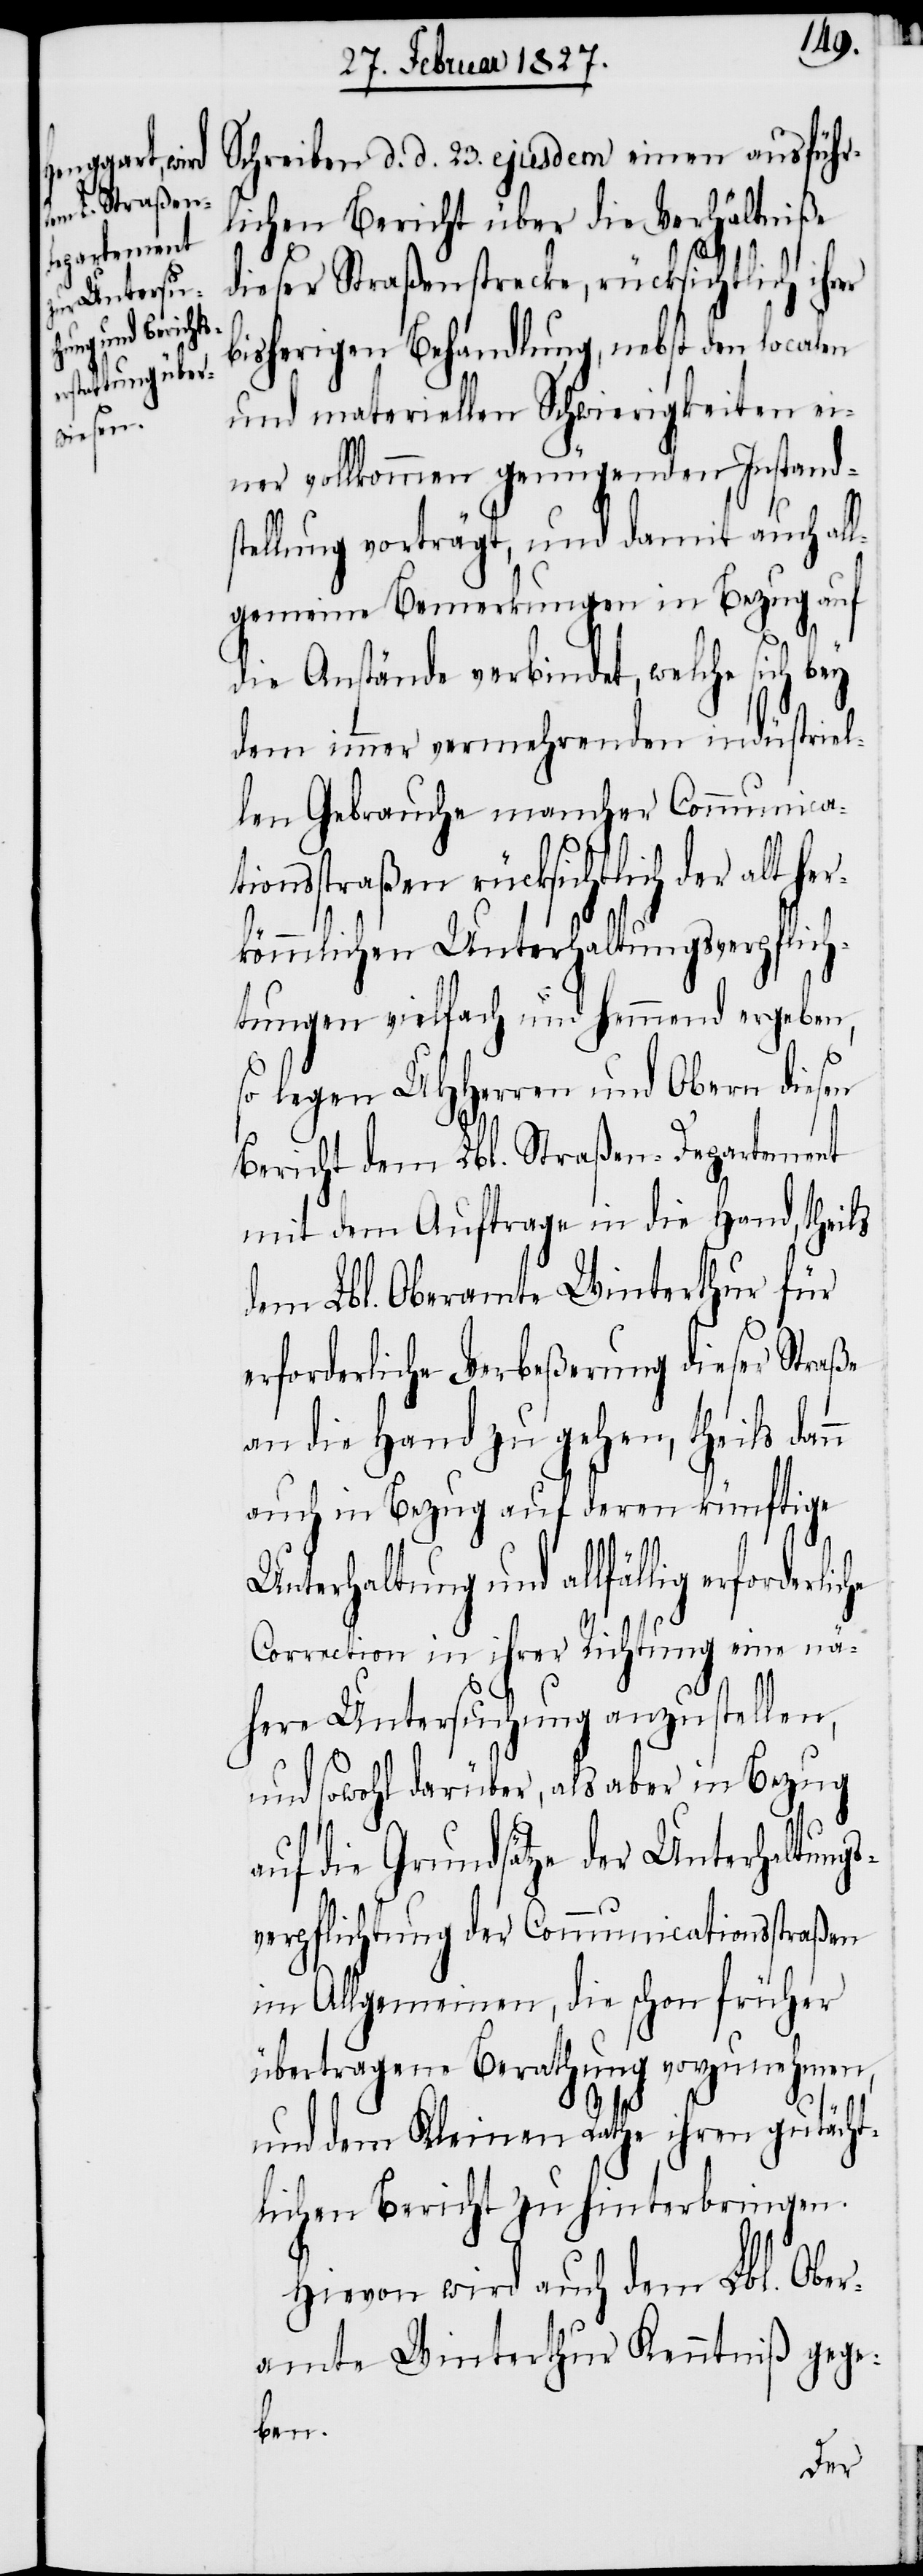
erforderliche

Schreiben d. d. 23. ejusdem einen ausführl¬
ichen Bericht über die Verhältni¬
dieser Straßenstrecke, rücksichtlich ihrer
bisherigen Behandlung, nebst den localen
und materiellen Schwierigkeiten ei¬
ner vollkommen genügenden Instand¬
stellung vorträgt, und damit auch all¬
gemeine Bemerkungen in Bezug auf
die Anstände verbindet, welche sich
dem immer vermehrenden indüstriel¬
len Gebrauche mancher Communica¬
tionsstraßen rücksichtlich der alt her¬
kömmlichen Unterhaltungsverpflich¬
tungen vielfach und hemmend ergeben,
so legen UHHerren und Obern diesen
Bericht dem Lbl. Straßen-Departement
mit dem Auftrage in die Hand, theils
dem Lbl. Oberamte Winterthur für
erforderliche Verbeßerung dieser Straße
an die Hand zu gehen, theils dan¬
auch in Bezug auf deren künftige
n
Unterhaltung und allfällig
Correction in ihrer Richtung eine nä¬
here Untersuchung anzustellen,
und sowohl darüber, als aber in Bezug
auf die Grundsätze der Unterhaltungs¬
verpflichtung der Communicationsstraßen
im Allgemeinen, die schon früher
übertragene Berathung vorzunehmen,
und dem Kleinen Rathe ihren gutäch¬
tlichen Bericht zu hinterbringen.
Hievon wird auch dem Lbl. Ober¬
amte Winterthur Kenntniß gege¬
ben.